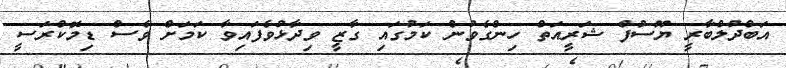
އަބްދުލްބާރީ ޔޫސުފް ޝަރީއަތް ހިންގެވުން ކަމުގައި ގާޒީ ވިދާޅުވެފައިވާ ކަމަށް ވެސް ޑިމޮކްރަސީ